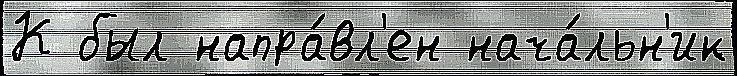
К был напра́вл'ен нача́льн'ик